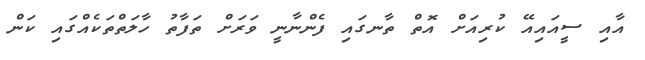
އާއި ސީއައިއޭ ކުރިއަށް އޮތް ތާނގައި ފެންނާނީ ވަރަށް ތަފާތު ހާލަތްތަކެއްގައި ކަން